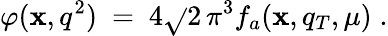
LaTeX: \varphi(\mathbf{x},q^{2})\ =\ 4\sqrt{}{2}\, \pi^{3}f_{a}(\mathbf{x},q_{T},\mu)\; .